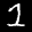
Label: 1